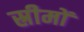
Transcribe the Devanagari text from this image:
स्रीमों